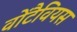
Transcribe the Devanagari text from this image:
वोंटैवियस